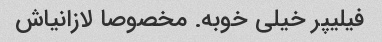
فیلیپر خیلی خوبه. مخصوصا لازانیاش